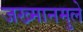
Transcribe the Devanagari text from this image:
जख्मानमुले